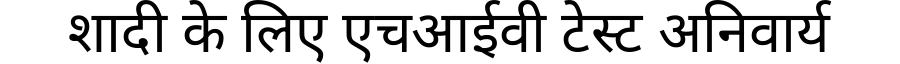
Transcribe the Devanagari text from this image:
शादी के लिए एचआईवी टेस्ट अनिवार्य